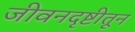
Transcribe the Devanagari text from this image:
जीवनदृष्टीतून